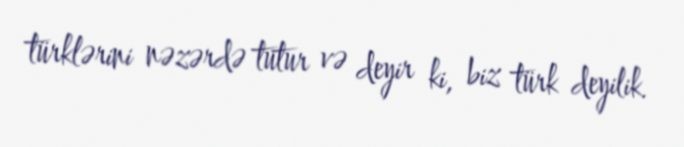
türklərini nəzərdə tutur və deyir ki, biz türk deyilik.